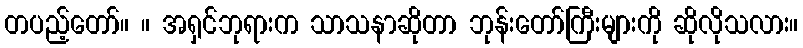
တပည့်တော်။ ။ အရှင်ဘုရားက သာသနာဆိုတာ ဘုန်းတော်ကြီးများကို ဆိုလိုသလား။